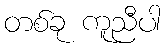
တစ်ခု ကူညီပါ